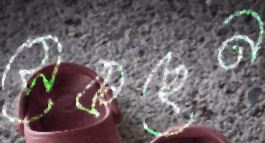
সেকছেন